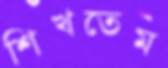
শিখতেম